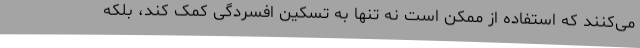
می‌کنند که استفاده از ممکن است نه تنها به تسکین افسردگی کمک کند، بلکه